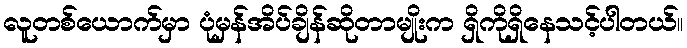
လူတစ်ယောက်မှာ ပုံမှန်အိပ်ချိန်ဆိုတာမျိုးက ရှိကိုရှိနေသင့်ပါတယ်။